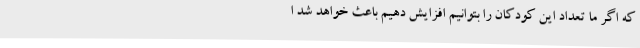
که اگر ما تعداد این کودکان را بتوانیم افزایش دهیم باعث خواهد شد ا